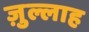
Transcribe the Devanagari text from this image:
ज़ुल्लाह